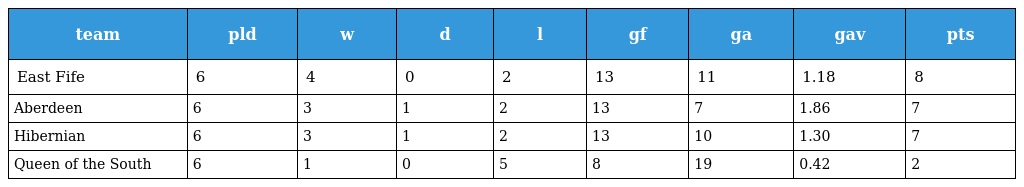
| team | pld | w | d | l | gf | ga | gav | pts |
 | --- | --- | --- | --- | --- | --- | --- | --- | --- |
 | East Fife | 6 | 4 | 0 | 2 | 13 | 11 | 1.18 | 8 |
 | Aberdeen | 6 | 3 | 1 | 2 | 13 | 7 | 1.86 | 7 |
 | Hibernian | 6 | 3 | 1 | 2 | 13 | 10 | 1.30 | 7 |
 | Queen of the South | 6 | 1 | 0 | 5 | 8 | 19 | 0.42 | 2 |